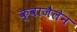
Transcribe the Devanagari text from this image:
क्वाजैलेन